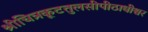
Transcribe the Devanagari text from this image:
श्रीचित्रकूटतुलसीपीठाधीश्वर